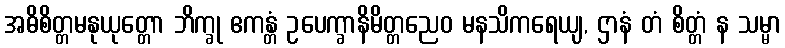
အဓိစိတ္တမနုယုတ္တော ဘိက္ခု ဧကန္တံ ဥပေက္ခာနိမိတ္တညေဝ မနသိကရေယျ, ဌာနံ တံ စိတ္တံ န သမ္မာ